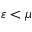
\varepsilon < \mu